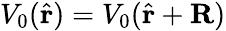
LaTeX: V_{0}(\hat{\mathbf{r}})=V_{0}(\hat{\mathbf{r}}+\mathbf{R})